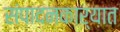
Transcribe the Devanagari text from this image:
संपादनकार्यात